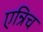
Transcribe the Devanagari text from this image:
एन्रिच